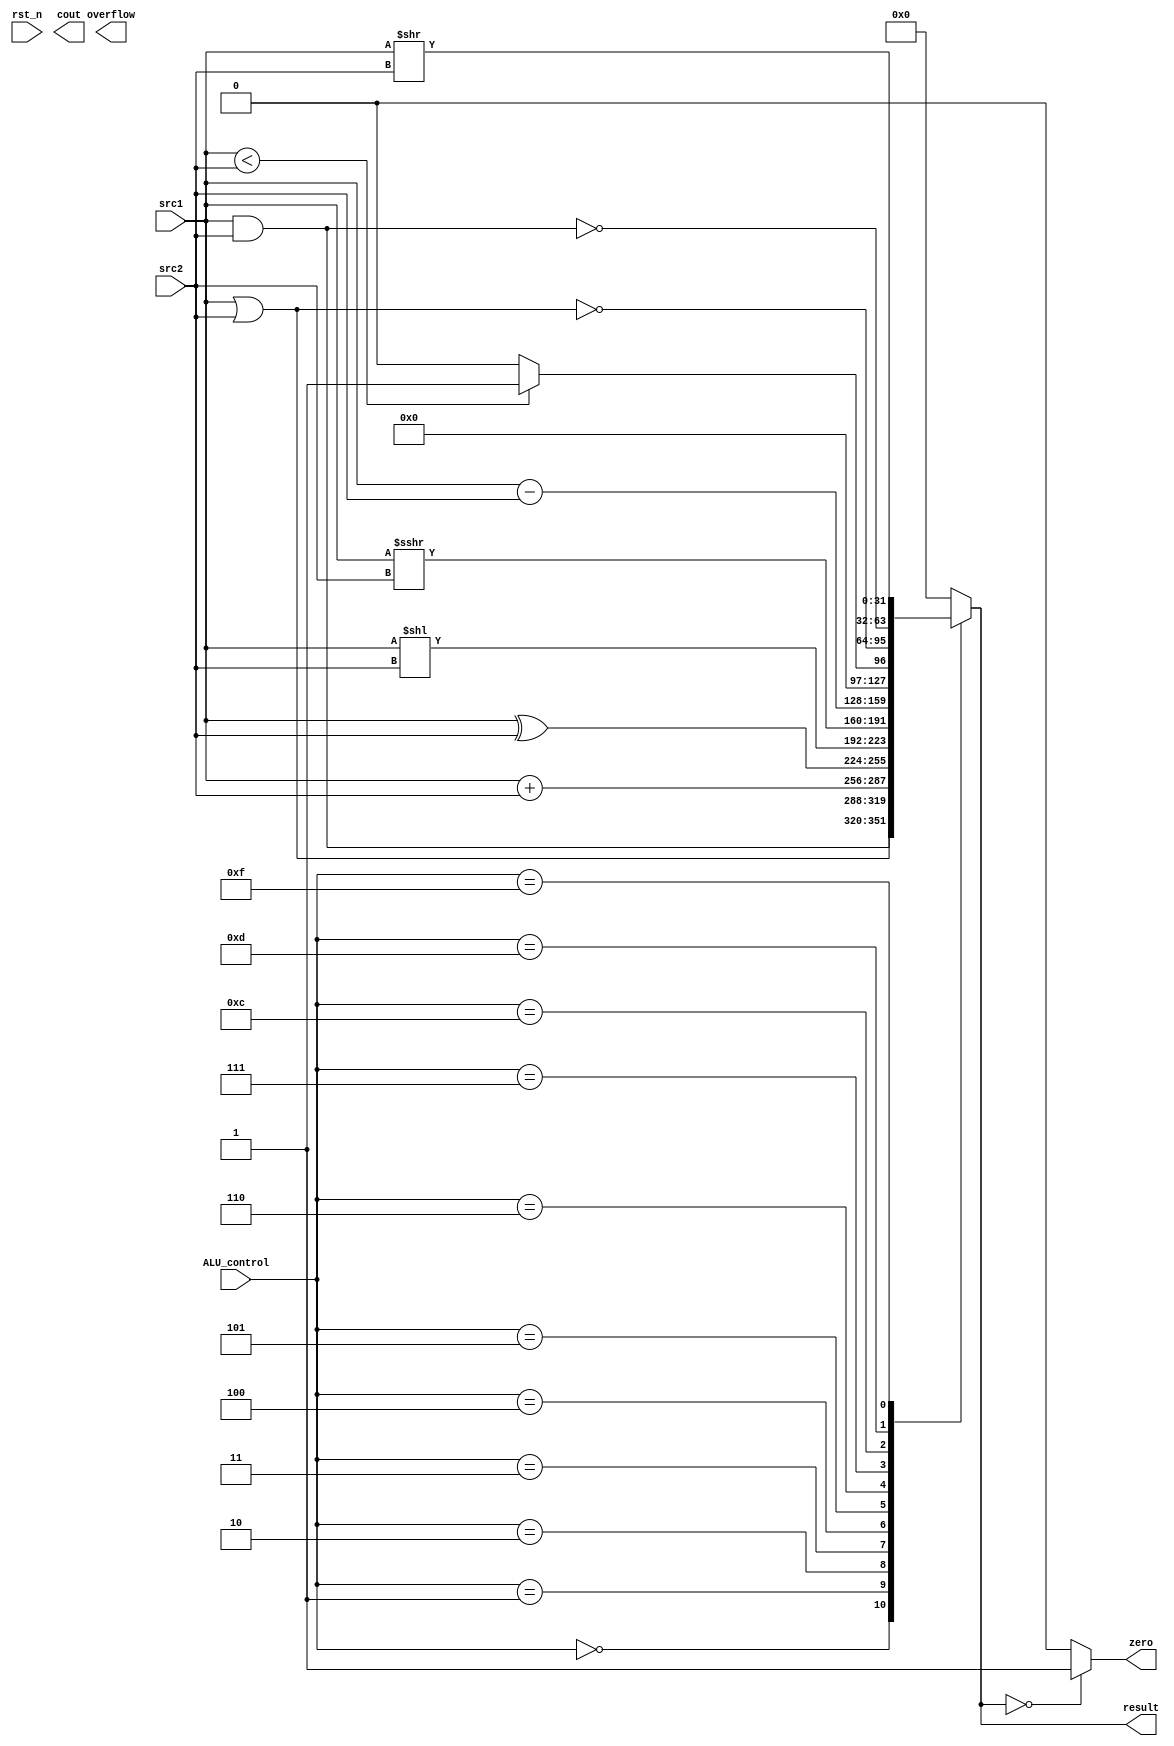
/***************************************************
Student Name: 
Student ID: 07162220716214
***************************************************/
`timescale 1ns/1ps

module alu(
	input                   rst_n,         // negative reset            (input)
	input	     [32-1:0]	src1,          // 32 bits source 1          (input)
	input	     [32-1:0]	src2,          // 32 bits source 2          (input)
	input 	     [ 4-1:0] 	ALU_control,   // 4 bits ALU control input  (input)
	output reg   [32-1:0]	result,        // 32 bits result            (output)
	output reg              zero,          // 1 bit when the output is 0, zero must be set (output)
	output reg              cout,          // 1 bit carry out           (output)
	output reg              overflow       // 1 bit overflow            (output)
	);

	// reg [32-1:0] sum;
	// reg [32-1:0] B;

	always @ (*) begin

		case(ALU_control)
			4'b0000: begin // AND
				result = src1 & src2;
			end
			4'b0001: begin // OR
				result = src1 | src2;
			end
			4'b0010: begin // add
				result = src1 + src2;
			end
			4'b0011: begin // xor (user-defined)
				result = src1 ^ src2;
			end
			4'b0100: begin // sll (user-defined)
				result = src1 << src2;
			end

			/* Need more info about sra and srli */
			4'b0101: begin // sra (user-defined)
				result = src1 >>> src2;
			end
			4'b0110: begin // subtract
				result = src1 - src2;
			end
			4'b0111: begin // set less than
				result = (src1 < src2) ? 1 : 0;
			end
			4'b1100: begin // nor
				result = ~(src1 | src2);
			end
			4'b1101: begin // nand
				result = ~(src1 & src2);
			end
			4'b1111: begin // srli (user-defined)
				result = src1 >> src2;
			end
			default: begin
				result = 0;
			end
		endcase

		zero = (result==0) ? 1 : 0;
		// B = (ALU_control[2]==1) ? ~src2 : src2;
		// {cout, sum} = src1 + B;
		// cout = cout & ALU_control[1] & ~ALU_control[0];
		// overflow = (src1[31] ^~ B[31]) & (src1[31] ^ sum[31]) & ALU_control[1] & ~ALU_control[0];

		// $display("src1 = %3d, src2 = %3d, result = %3d, aluctrl = %4b\n",
	    //     src1, src2, result, ALU_control
		// );
	end


endmodule